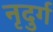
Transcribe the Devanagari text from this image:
नृदुर्ग